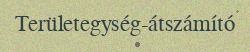
Területegység-átszámító